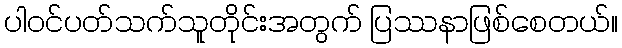
ပါဝင်ပတ်သက်သူတိုင်းအတွက် ပြဿနာဖြစ်စေတယ်။